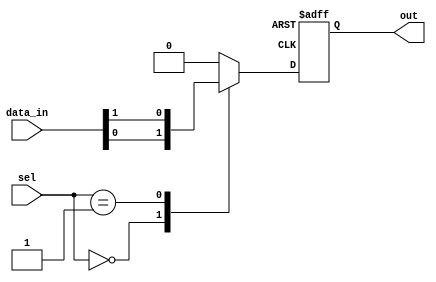
module mux_1024to1 (
    input [1023:0] data_in,
    input [9:0] sel,
    output reg out
);

reg [1023:0] mux_out;

always @(*) begin
    case (sel)
        10'b0000000000: mux_out = data_in[0];
        10'b0000000001: mux_out = data_in[1];
        // Add cases for all 1024 input lines
        
        default: mux_out = 0; // Default to 0 if selection signal does not match any input
    endcase
end

always @(posedge clk or posedge rst) begin
    if (rst) begin
        out <= 0;
    end else begin
        out <= mux_out;
    end
end

endmodule